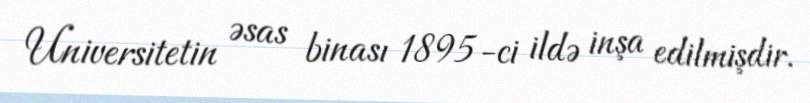
Universitetin əsas binası 1895-ci ildə inşa edilmişdir.